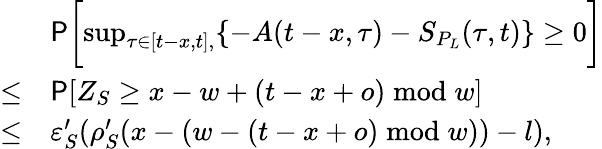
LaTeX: \begin{array}{rl}&{\mathsf{P}\biggl[\operatorname*{sup}_{\tau\in[t-x,t],}\{ -A(t-x,\tau)-S_{P_{L}}(\tau,t)\} \ge 0\biggr]}\\ {\le}&{\mathsf{P}[Z_{S}\ge x-w+(t-x+o)\bmod w]}\\ {\le}&{\varepsilon_{S}^{\prime}(\rho_{S}^{\prime}(x-(w-(t-x+o)\bmod w))-l),}\end{array}